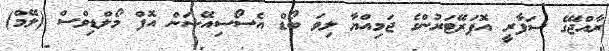
ރާއްޖޭގެ ސަފާރީ އޮޕަރޭޓަރުންގެ ޖަމިއްޔާ ލިވަ ބޯޑް އެސޯސިއޭޝަން އޮފް މޯލްޑިވްސް (ލޭމް)